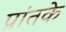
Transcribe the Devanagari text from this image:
प्रांतके